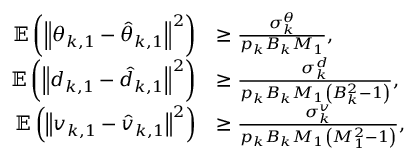
\begin{array} { r l } { { \mathbb E } \left( { { { \left\| { { \theta _ { k , 1 } } - { { \hat { \theta } } _ { k , 1 } } } \right\| } ^ { 2 } } } \right) } & { \ge \frac { { \sigma _ { k } ^ { \theta } } } { { { p _ { k } } { B _ { k } } { M _ { 1 } } } } , } \\ { { \mathbb E } \left( { { { \left\| { { d _ { k , 1 } } - { { \hat { d } } _ { k , 1 } } } \right\| } ^ { 2 } } } \right) } & { \ge \frac { { \sigma _ { k } ^ { d } } } { { { p _ { k } } { B _ { k } } { M _ { 1 } } \left( { B _ { k } ^ { 2 } - 1 } \right) } } , } \\ { { \mathbb E } \left( { { { \left\| { { v _ { k , 1 } } - { { \hat { v } } _ { k , 1 } } } \right\| } ^ { 2 } } } \right) } & { \ge \frac { { \sigma _ { k } ^ { v } } } { { { p _ { k } } { B _ { k } } { M _ { 1 } } \left( { M _ { 1 } ^ { 2 } - 1 } \right) } } , } \end{array}